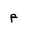
Letter: _mim